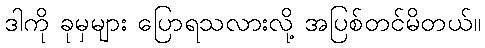
ဒါကို ခုမှများ ပြောရသလားလို့ အပြစ်တင်မိတယ်။